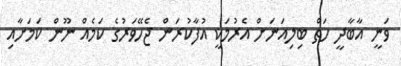
ވަނީ އާބާދީ ހަތް ބިލިއަނަށް އެރުމަކީ އުފާކުރަން ޖެހޭވަރުގެ ކަމެއް ނޫން ކަމަށާއި